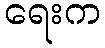
ရေးက